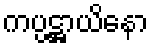
ကပ္ပဋ္ဌာယိနော